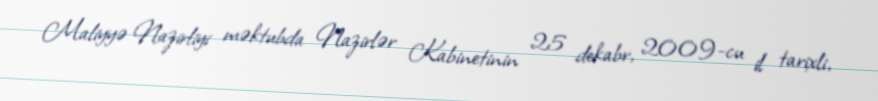
Maliyyə Nazirliyi məktubda Nazirlər Kabinetinin 25 dekabr, 2009-cu il tarixli,